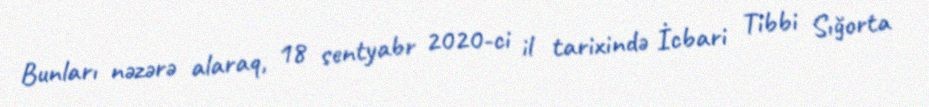
Bunları nəzərə alaraq, 18 sentyabr 2020-ci il tarixində İcbari Tibbi Sığorta